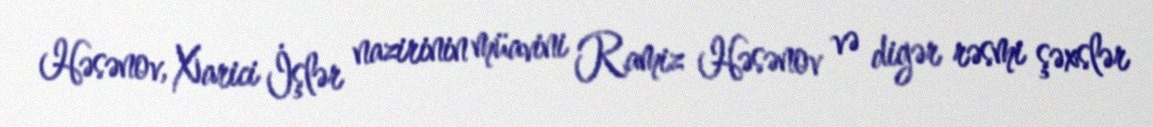
Həsənov, Xarici İşlər nazirinin müavini Ramiz Həsənov və digər rəsmi şəxslər